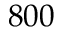
8 0 0